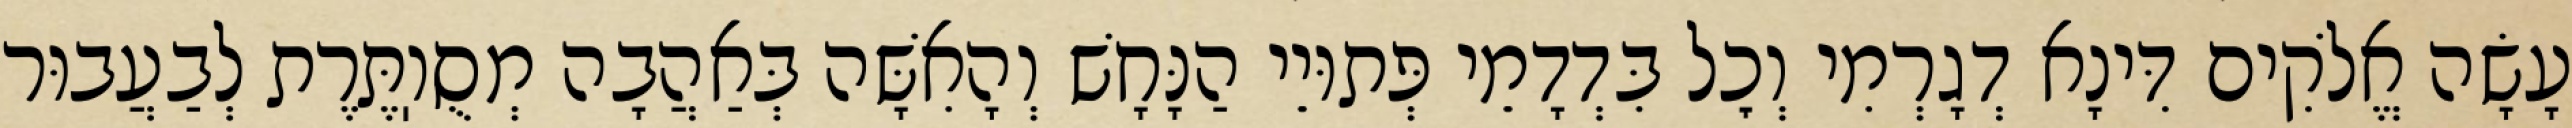
עָשָׂה אֱלֹקִים דִּינָא דְגָרְמִי וְכׇל בִּדְדָמֵי פְּתוּיֵי הַנָּחָשׁ וְהָאִשָּׁה בְּאַהֲבָה מְסֻוֽתֶּרֶת לְבַעֲבוּר